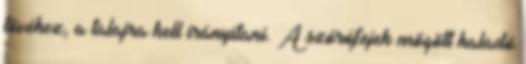
tövéhez, a talajra kell irányítani. A szórófejek mögött haladó